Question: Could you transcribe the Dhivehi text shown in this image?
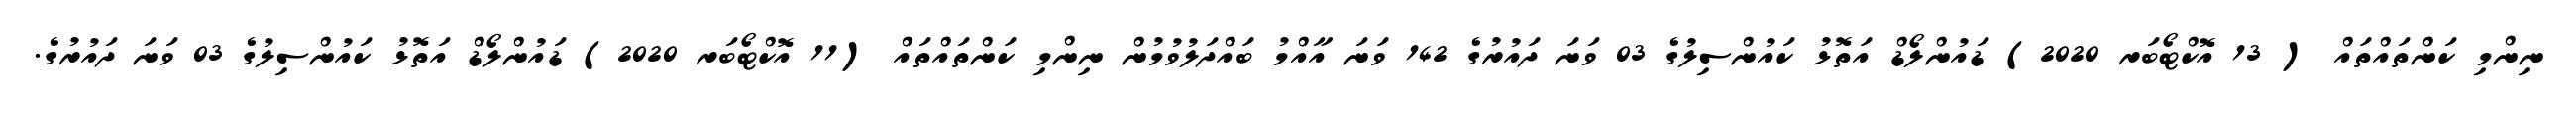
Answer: ނިންމި ކަންތައްތައް ( 13 އޮކްޓޯބަރ 2020) ޑައުންލޯޑް އަތޮޅު ކައުންސިލުގެ 03 ވަނަ ދައުރުގެ 142 ވަނަ އާއްމު ބައްދަލުވުމުން ނިންމި ކަންތައްތައް (11 އޮކްޓޯބަރ 2020) ޑައުންލޯޑް އަތޮޅު ކައުންސިލުގެ 03 ވަނަ ދައުރުގެ.